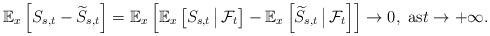
LaTeX: \begin{align*}\mathbb{E}_{x}\left[ S_{s,t}-\widetilde{S}_{s,t}\right]=\mathbb{E}_{x}\left[\mathbb{E}_{x}\left[S_{s,t} \,\big|\, \mathcal{F}_{t}\right]-\mathbb{E}_{x}\left[\widetilde{S}_{s,t} \,\big|\, \mathcal{F}_{t}\right]\right]\to 0,\mbox{ as}t\to+\infty.\end{align*}